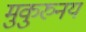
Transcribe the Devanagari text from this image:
मुकुरुनय